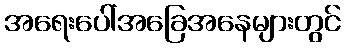
အရေးပေါ်အခြေအနေများတွင်